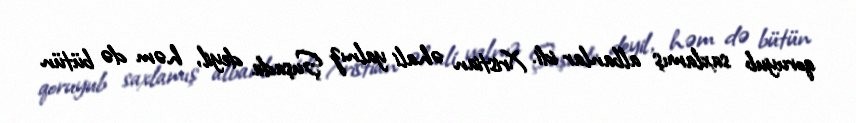
qoruyub saxlamış albanlar idi. Xristian əhali yalnız Şuşada deyil, həm də bütün